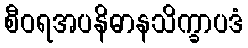
စီဝရအပနိဓာနသိက္ခာပဒံ